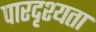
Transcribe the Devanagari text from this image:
पारदृश्यता